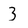
Character: 3